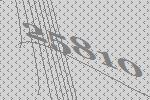
25810